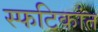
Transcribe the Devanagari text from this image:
स्फटिकांत